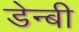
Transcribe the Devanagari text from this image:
डेन्‍बी